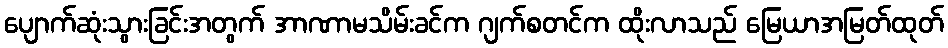
ပျောက်ဆုံးသွားခြင်းအတွက် အာဏာမသိမ်းခင်က ဂျက်စတင်က ထိုးလာသည် မြေယာအမြတ်ထုတ်